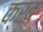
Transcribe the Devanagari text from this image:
क्रब